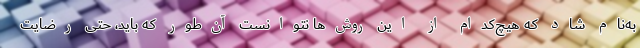
به‌نام شاد که هیچ‌کدام از این روش‌ها نتوانست آن‌طور که باید، حتی رضایت